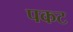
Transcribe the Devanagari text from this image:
पकट